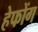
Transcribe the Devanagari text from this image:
हेफोंग